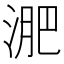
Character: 淝